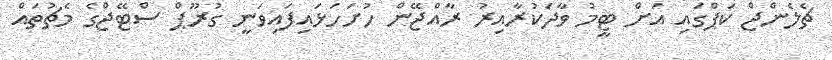
ޗެލެންޖް ކަޕްގައި އަށް ޓީމު ވާދަކުރާއިރު ރާއްޖޭން ހުށަހަޅައިފައިވަނީ ގުރޫޕް ސްޓޭޖްގެ މެޗުތައް